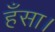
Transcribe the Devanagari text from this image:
हँसा।